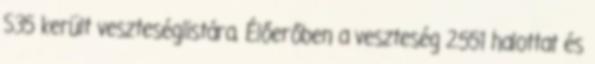
S35 került veszteséglistára. Élőerőben a veszteség 2.551 halottat és